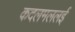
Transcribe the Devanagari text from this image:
कदलमललई